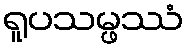
ရူပသမ္ဖဿံ